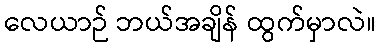
လေယာဉ် ဘယ်အချိန် ထွက်မှာလဲ။